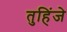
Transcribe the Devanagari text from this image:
तुहिंजे